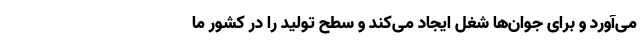
می‌آورد و برای جوان‌ها شغل ایجاد می‌کند و سطح تولید را در کشور ما